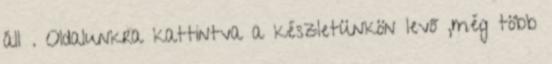
áll . Oldalunkra kattintva a készletünkön levő ,még több